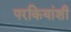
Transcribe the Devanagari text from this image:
परकियांशी